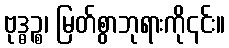
ဗုဒ္ဓဉ္စ၊ မြတ်စွာဘုရားကို၎င်း။